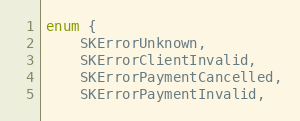
Language: C
enum {
    SKErrorUnknown,
    SKErrorClientInvalid,
    SKErrorPaymentCancelled,
    SKErrorPaymentInvalid,